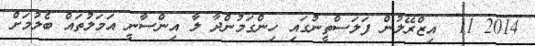
2014 11  އިޒްރޭލުން ފަލަސްތީނުގައި ހިންގަމުންދާ ލާ އިންސާނީ އަމަލުތައް ބެލުމަށް